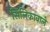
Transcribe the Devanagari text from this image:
सिलिकावाले